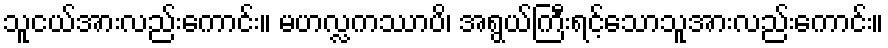
သူငယ်အားလည်းကောင်း။ မဟလ္လကဿာပိ၊ အရွယ်ကြီးရင့်သောသူအားလည်းကောင်း။